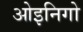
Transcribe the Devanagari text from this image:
ओइनिगो